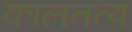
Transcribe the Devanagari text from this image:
कालतत्व